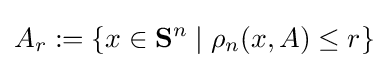
A_{r}:=\{x\in \mathbf {S} ^{n}\mid \rho _{n}(x,A)\leq r\}